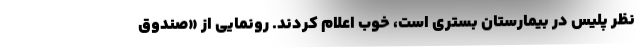
نظر پلیس در بیمارستان بستری است، خوب اعلام کردند. رونمایی از «صندوق